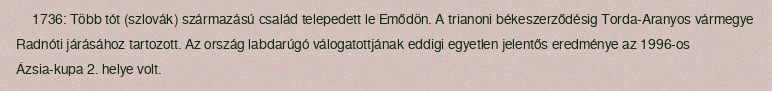
1736: Több tót (szlovák) származású család telepedett le Emődön. A trianoni békeszerződésig Torda-Aranyos vármegye Radnóti járásához tartozott. Az ország labdarúgó válogatottjának eddigi egyetlen jelentős eredménye az 1996-os Ázsia-kupa 2. helye volt.